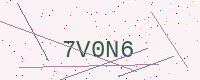
Text: 7V0N6